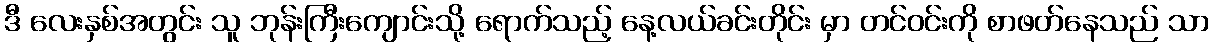
ဒီ လေးနှစ်အတွင်း သူ ဘုန်းကြီးကျောင်းသို့ ရောက်သည့် နေ့လယ်ခင်းတိုင်း မှာ တင်ဝင်းကို စာဖတ်နေသည် သာ